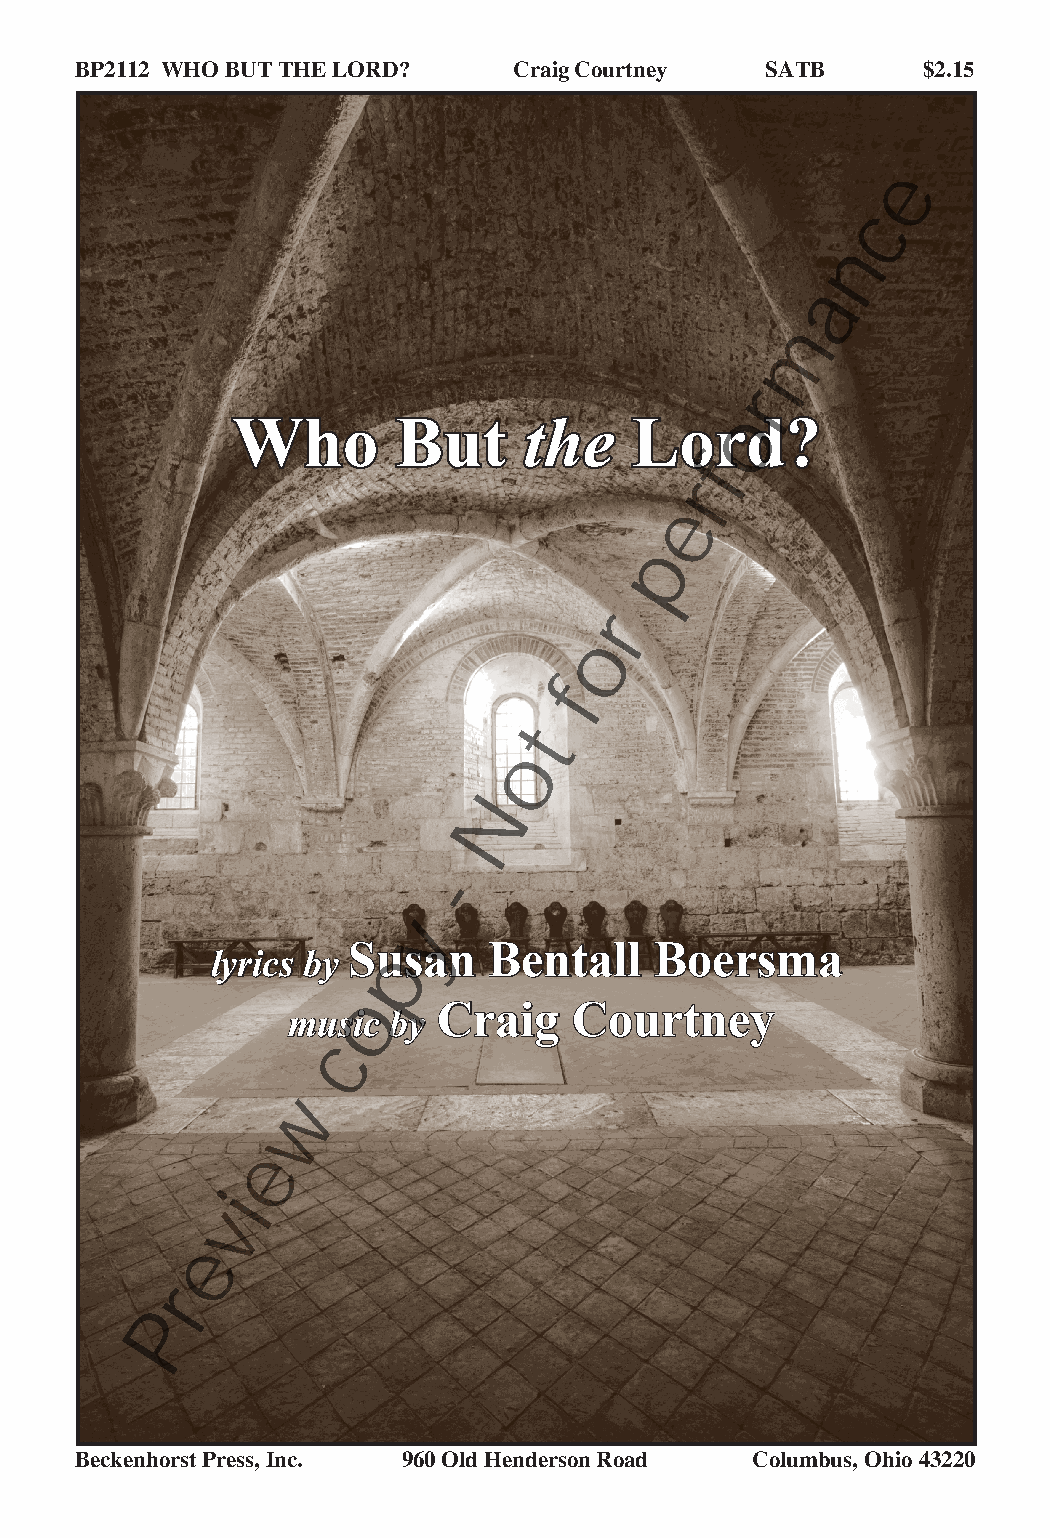
BP2112 WHO BUT THE LORD?     Craig Courtney   SATB      $2.15
 e
 c
 n
 a
 m
 r
 Who        But      the
 Loro
 d?
 f
 r
 e
 p
 r
 o
 f
 t
 o
 N
 -
 y
 Susan    Bentall    Boersma
 lyrics by   p
 o
 Craig    Courtney
 music  by
 c
 w
 e
 i
 v
 e
 r
 P
 Beckenhorst Press, Inc. 960 Old Henderson Road Columbus, Ohio 43220